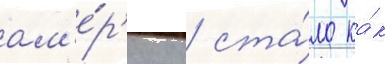
ам'е́р'ику / ста́ло ка́к